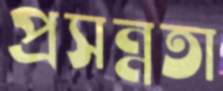
প্রসন্নতা